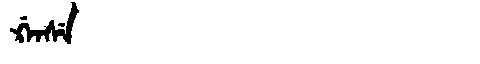
Manchu: ᡤ᠋ᠠᠨᠰᡝ
Romanization: G'ANSE